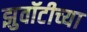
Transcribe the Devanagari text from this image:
झुवॉटीच्या